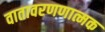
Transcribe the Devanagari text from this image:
वातावरणणात्मक